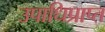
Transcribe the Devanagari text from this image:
उपाधिप्राप्त